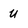
Character: u